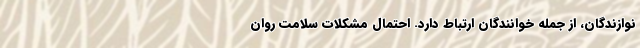
نوازندگان، از جمله خوانندگان ارتباط دارد. احتمال مشکلات سلامت روان